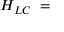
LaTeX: H _ { L C } \; = \;